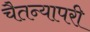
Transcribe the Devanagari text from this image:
चैतन्यापरी